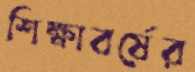
শিক্ষাবর্ষের